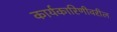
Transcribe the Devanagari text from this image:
कार्यकारिणीवरील